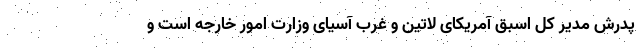
پدرش مدیر کل اسبق آمریکای لاتین و غرب آسیای وزارت امور خارجه است و